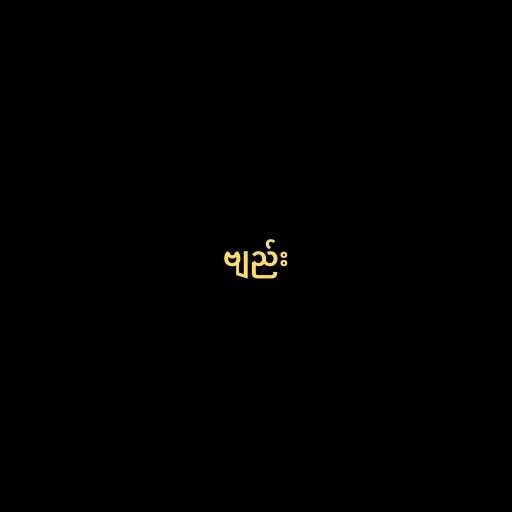
ဗျည်း